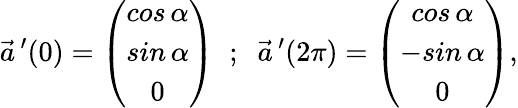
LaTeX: \vec{a}\, ^{\prime}(0)=\left(\begin{array}{c}{{cos\, \alpha}}\\ {{sin\, \alpha}}\\ {{0}}\end{array}\right)\; \; ;\; \; \vec{a}\, ^{\prime}(2\pi)=\left(\begin{array}{c}{{cos\, \alpha}}\\ {{-sin\, \alpha}}\\ {{0}}\end{array}\right),